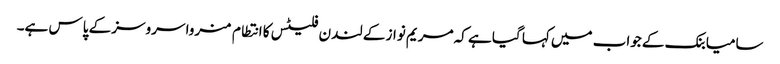
سامیا بنک کے جواب میں کہا گیا ہے کہ مریم نواز کے لندن فلیٹس کا انتطام منروا سروسز کے پاس ہے۔